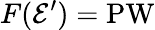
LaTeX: F({\mathcal{E}}^{\prime})=\operatorname{PW}